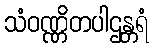
သံဝဏ္ဏိတပါဌန္တရံ